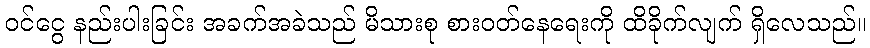
ဝင်ငွေ နည်းပါးခြင်း အခက်အခဲသည် မိသားစု စားဝတ်နေရေးကို ထိခိုက်လျက် ရှိလေသည်။